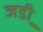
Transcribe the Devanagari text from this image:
जडी़